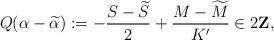
LaTeX: \begin{align*}Q(\alpha-\widetilde{\alpha}):=-\frac{S-\widetilde{S}}{2}+\frac{M-\widetilde{M}}{K'}\in 2{\bf Z},\end{align*}